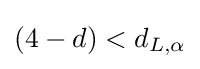
{\textstyle (4-d)<d_{L,\alpha }}